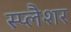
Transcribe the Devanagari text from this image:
स्प्लैशर